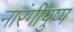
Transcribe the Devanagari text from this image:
नारंगीपुष्प